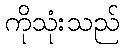
ကိုသုံးသည်